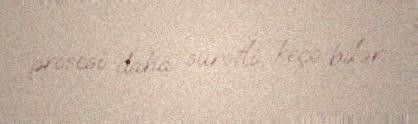
prosesi daha sürətli keçə bilər.